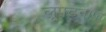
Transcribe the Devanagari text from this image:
लूफ़्टवाफ